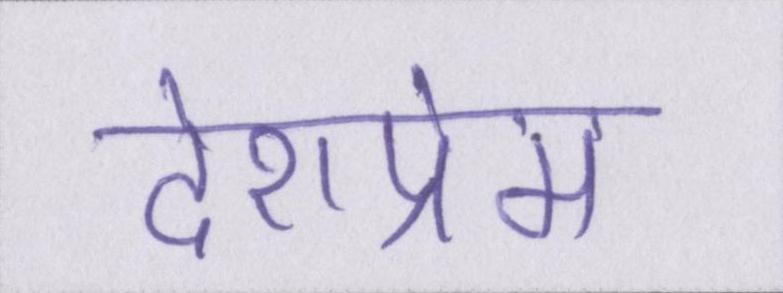
देशप्रेम